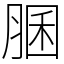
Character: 䐃